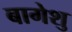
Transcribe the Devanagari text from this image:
बागेशु